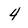
Character: 4